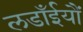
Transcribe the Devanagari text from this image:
लडाँईयौं